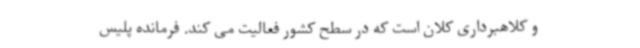
و کلاهبرداری کلان است که در سطح کشور فعالیت می کند. فرمانده پلیس